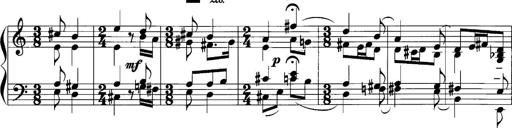
Title: Sonatina No.1
Composer: Otto Stoll
Key: C major